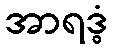
အာရဒ္ဓံ